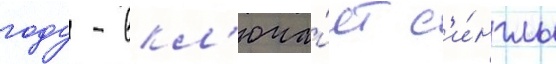
году - вкл'юча́ет с'и́нглы